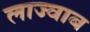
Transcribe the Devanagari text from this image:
लाज्वाब